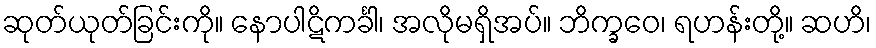
ဆုတ်ယုတ်ခြင်းကို။ နောပါဋိကင်္ခါ၊ အလိုမရှိအပ်။ ဘိက္ခဝေ၊ ရဟန်းတို့။ ဆဟိ၊